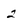
Character: 2